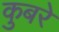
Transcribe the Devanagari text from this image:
कुबरे